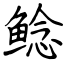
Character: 鲶